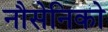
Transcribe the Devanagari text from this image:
नौसेनिको